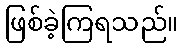
ဖြစ်ခဲ့ကြရသည်။